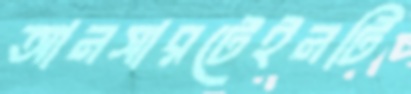
আনসারটেইনটি